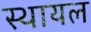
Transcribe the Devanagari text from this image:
स्थायल